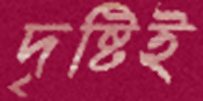
দৃষ্টিই